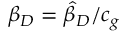
\beta _ { D } = \hat { \beta } _ { D } / c _ { g }